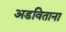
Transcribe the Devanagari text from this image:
अडविताना